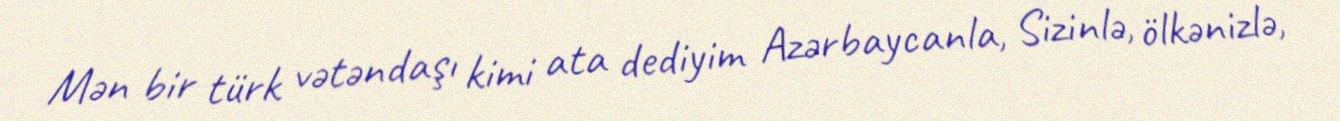
Mən bir türk vətəndaşı kimi ata dediyim Azərbaycanla, Sizinlə, ölkənizlə,